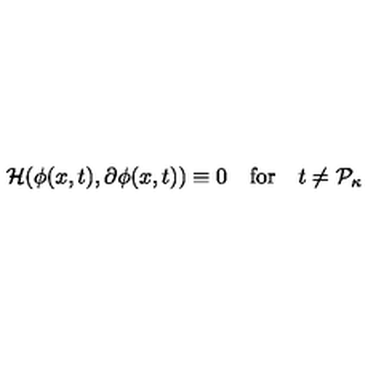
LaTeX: { \cal H } ( \phi ( x , t ) , \partial \phi ( x , t ) ) \equiv 0 \quad \mathrm { f o r } \quad t \neq { \cal P } _ { \kappa }